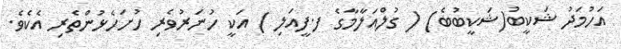
އަހުމަދު ޝަކީބު(ޝަކީބުބެ) ( ގުލްއަލާމާގެ ފ.ފީއަލި ) އަކީ ހުނަރުވެރި ހުށަހެޅުންތެރި އެކެވެ.